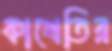
কাখেতির